65_HS1-834228961_62-HQ-83894_SUB_A
Agency: FBI
Page 46
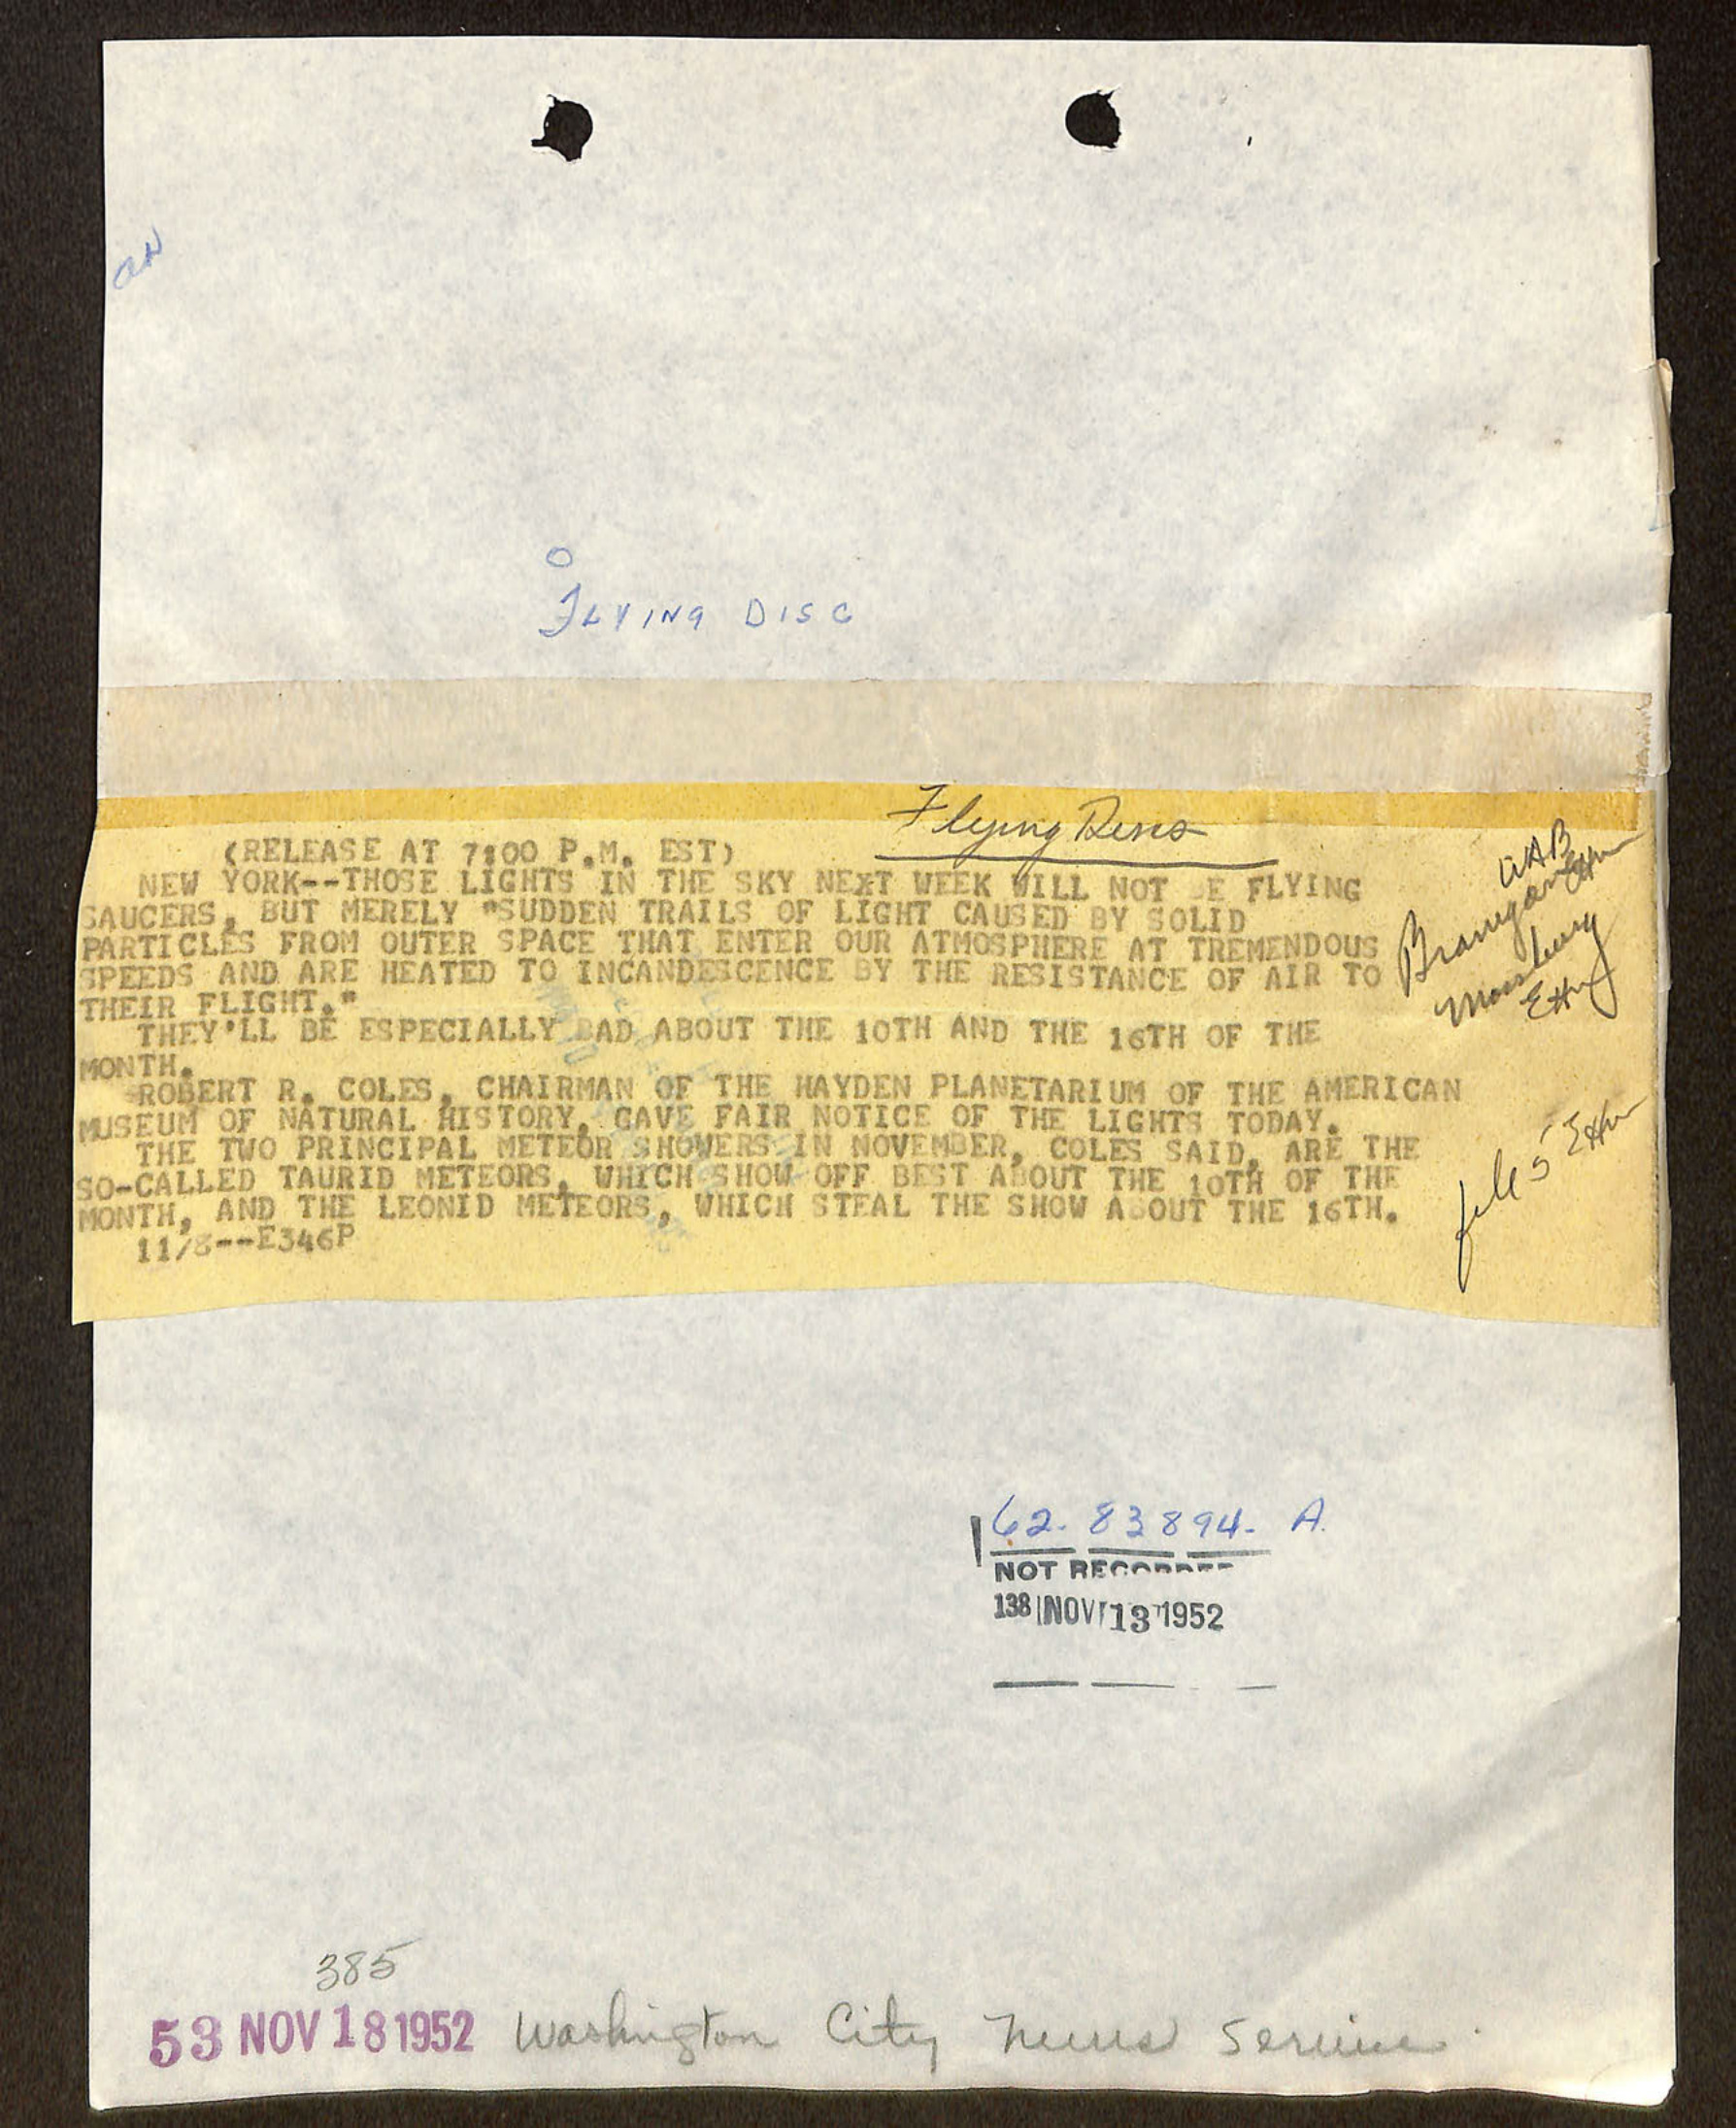